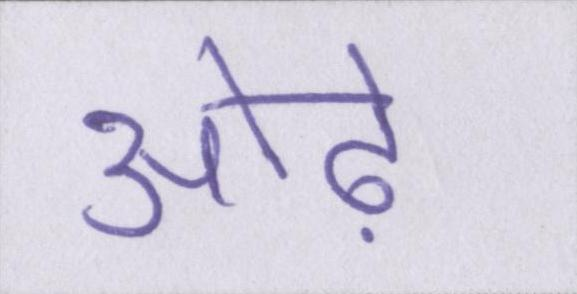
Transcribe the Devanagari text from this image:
ओढ़ें